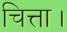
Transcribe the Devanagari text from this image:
चित्ता।